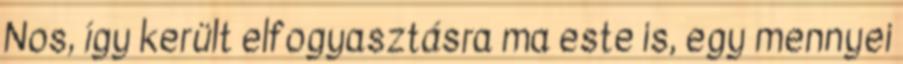
Nos, így került elfogyasztásra ma este is, egy mennyei